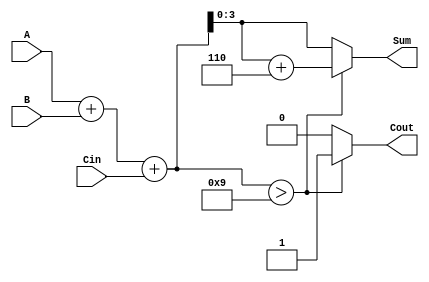
module BCD_Fast_Adder (
    input  [3:0] A,      // First BCD digit
    input  [3:0] B,      // Second BCD digit
    input        Cin,     // Carry input
    output reg [3:0] Sum, // Resulting BCD digit
    output reg Cout       // Carry output
);

    wire [4:0] Temp_Sum; // 5-bit temporary sum to accommodate overflow
    wire correction_needed; // Signal to indicate if correction is needed

    // Step 1: Perform binary addition
    assign Temp_Sum = A + B + Cin;

    // Step 2: Check if correction is needed (Temp_Sum > 9)
    assign correction_needed = Temp_Sum > 5'd9;

    // Step 3: Generate the final BCD output and carry output
    always @(*) begin
        if (correction_needed) begin
            // If correction is needed, add 6 (0110)
            Sum = Temp_Sum[3:0] + 4'b0110;
            Cout = 1'b1; // Set carry output
        end else begin
            Sum = Temp_Sum[3:0]; // No correction needed
            Cout = 1'b0; // No carry out
        end
    end

endmodule